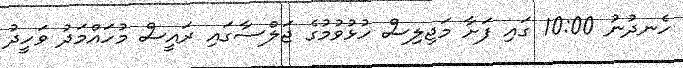
ހެނދުނު 10:00 ގައި ފަށާ މަޖިލިސް ހުޅުވުމުގެ ޖަލްސާގައި ރައީސް މުހައްމަދު ވަހީދު